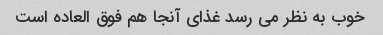
خوب به نظر می رسد غذای آنجا هم فوق العاده است